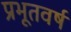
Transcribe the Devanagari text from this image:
प्रभूतवर्ष